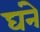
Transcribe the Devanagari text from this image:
घंने